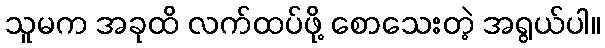
သူမက အခုထိ လက်ထပ်ဖို့ စောသေးတဲ့ အရွယ်ပါ။